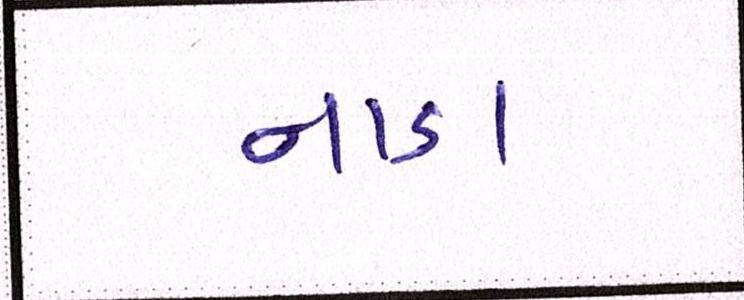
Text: નાડા